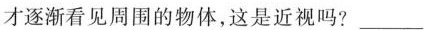
才逐渐看见周围的物体，这是近视吗?___